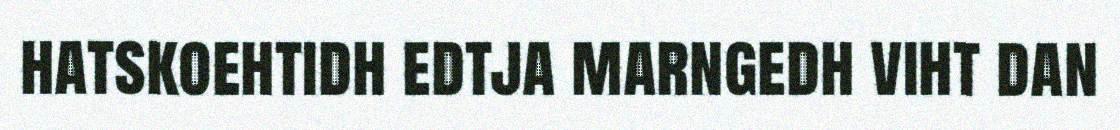
hatskoehtidh edtja marngedh viht dan